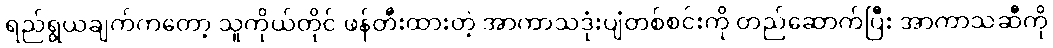
ရည်ရွယချက်ကတော့ သူကိုယ်တိုင် ဖန်တီးထားတဲ့ အာကာသဒုံးပျံတစ်စင်းကို တည်ဆောက်ပြီး အာကာသဆီကို